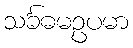
သင်္ခဓမဥပမာ